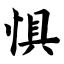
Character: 惧